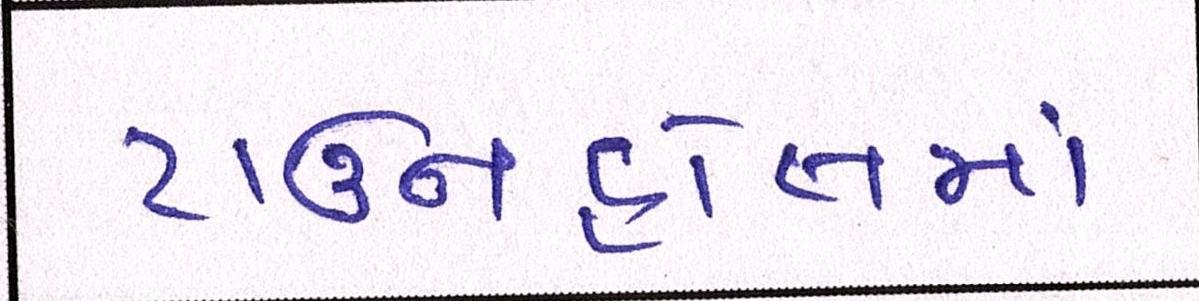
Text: ટાઉનહોલમાં